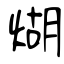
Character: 煳